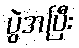
ပွဲအပြီး